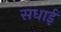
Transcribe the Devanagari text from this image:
सधाई